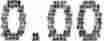
0.00